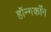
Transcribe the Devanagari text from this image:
हॉन्गकाँग